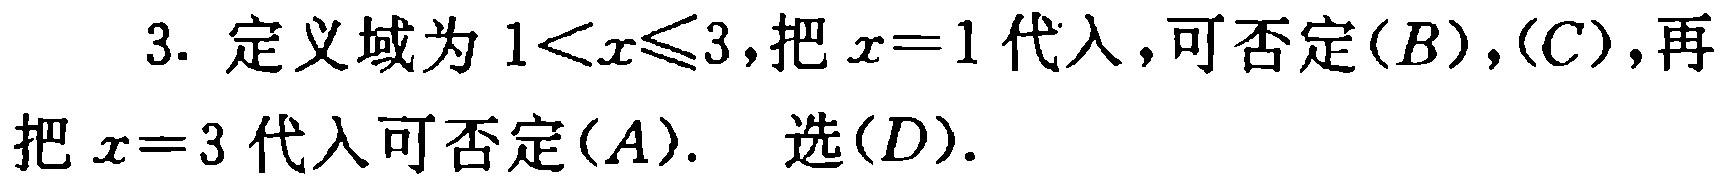
3. 定义域为 \(1<x\leqslant3\)，把 \(x = 1\) 代入，可否定\((B)\)，\((C)\)，再把 \(x = 3\) 代入可否定\((A)\).  选\((D)\).